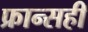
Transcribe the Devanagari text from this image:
फ्रान्सही